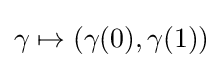
\gamma \mapsto (\gamma (0),\gamma (1))